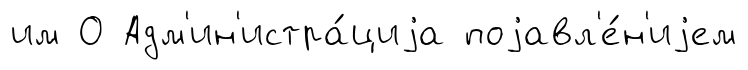
им О Адм'ин'истра́циjа поjавл'е́н'иjем